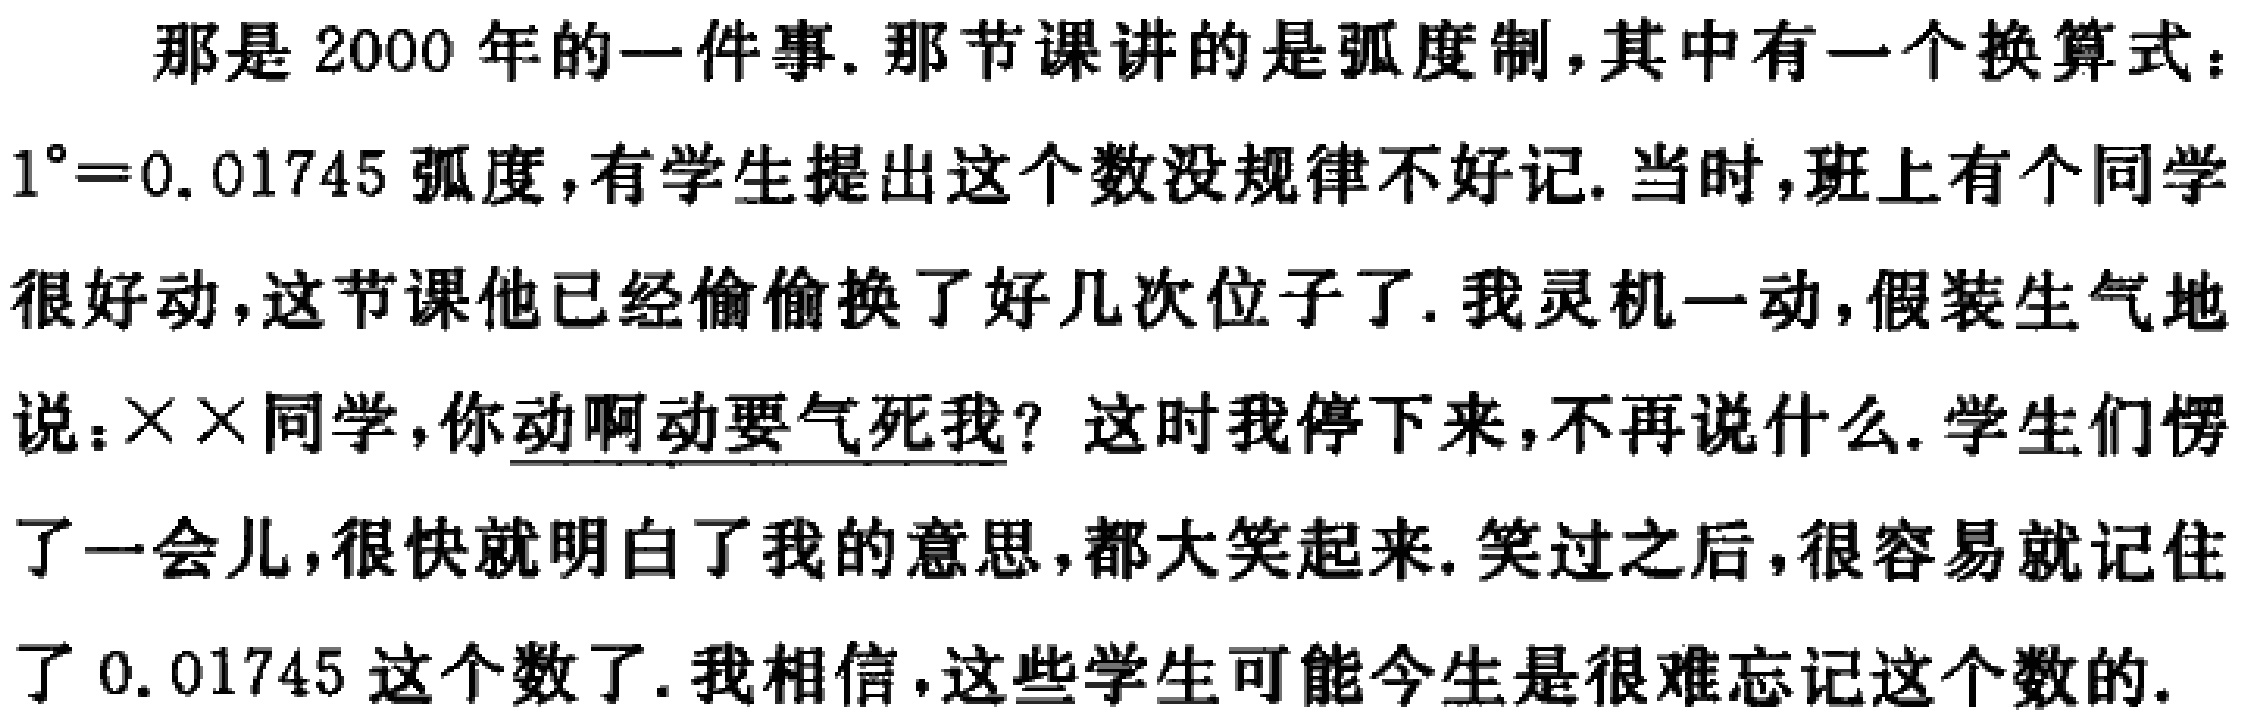
那是2000年的一件事.那节课讲的是弧度制,其中有一个换算式：$1^{\circ}=0.01745$弧度,有学生提出这个数没规律不好记.当时,班上有个同学很好动,这节课他已经偷偷换了好几次位子了.我灵机一动,假装生气地说：$\times\times$同学,你动啊动要气死我? 这时我停下来,不再说什么.学生们愣了一会儿,很快就明白了我的意思,都大笑起来.笑过之后,很容易就记住了$0.01745$这个数了.我相信,这些学生可能今生是很难忘记这个数的.